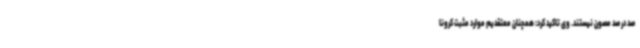
صد در صد مصون نیستند. وی تاکید کرد: همچنان معتقدیم موارد مثبت کرونا